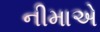
નીમાએ